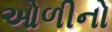
ઓળીનો